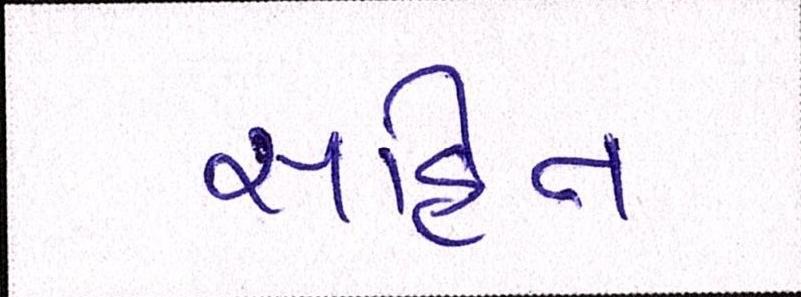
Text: સહિત